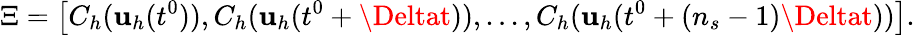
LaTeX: \Xi=\left[C_{h}(\boldsymbol{\mathbf{u}}_{h}(t^{0})),C_{h}(\boldsymbol{\mathbf{u}}_{h}(t^{0}+\Deltat)),...,C_{h}(\boldsymbol{\mathbf{u}}_{h}(t^{0}+(n_{s}-1)\Deltat))\right].